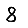
Digit: 8